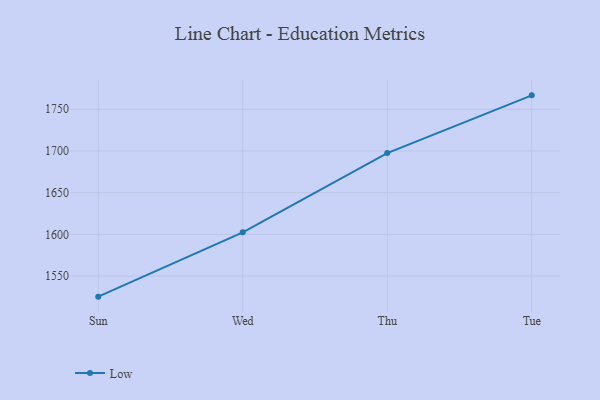
{"axis": {"x": "Day", "y": "Net Income (USD K)"}, "legend": ["Low"], "data": [{"x": "Sun", "y": 1525.3, "type": "Low"}, {"x": "Wed", "y": 1602.4, "type": "Low"}, {"x": "Thu", "y": 1697.5, "type": "Low"}, {"x": "Tue", "y": 1766.7, "type": "Low"}]}